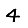
Digit: 4